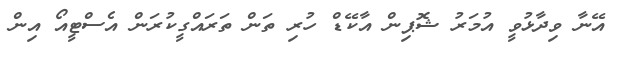
އޭނާ ވިދާޅުވީ އުމަރު ޝޮޕިން އާކޭޑް ހުރި ތަން ތަރައްގީކުރަން އެސްޓީއޯ އިން